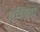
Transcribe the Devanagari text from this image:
क्षेत्रियता